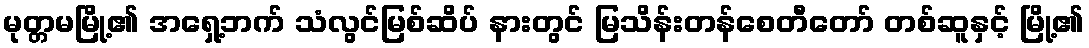
မုတ္တမမြို့၏ အရှေ့ဘက် သံလွင်မြစ်ဆိပ် နားတွင် မြသိန်းတန်စေတီတော် တစ်ဆူနှင့် မြို့၏